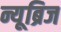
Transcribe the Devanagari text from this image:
न्यूब्रिज